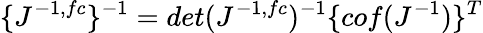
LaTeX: \{ J^{-1,fc}\} ^{-1}=det(J^{-1,fc})^{-1}\{ cof(J^{-1})\} ^{T}